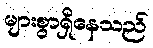
များစွာရှိနေသည်